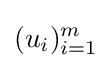
(u_{i})_{i=1}^{m}